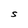
Character: S